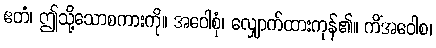
ဧတံ၊ ဤသို့သောစကားကို။ အဝေါစုံ၊ လျှောက်ထားကုန်၏။ ကိံအဝေါစ၊